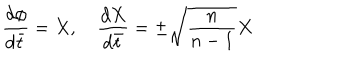
\frac { d \phi } { d \bar { t } } = X , \quad \frac { d X } { d \bar { t } } = \pm \sqrt { \frac n { n - 1 } } X